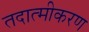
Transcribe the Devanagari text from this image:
तदात्मीकरण